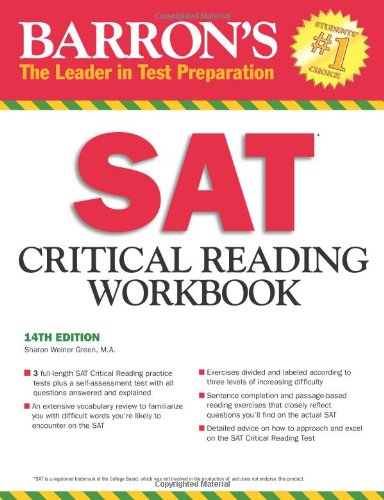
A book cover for Barron's SAT Critical Reading Workbook, 14th Edition (Critical Reading Workbook for the Sat); Sharon Weiner Green M.A.; Test Preparation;